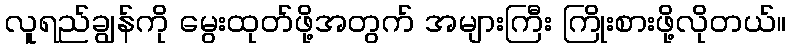
လူရည်ချွန်ကို မွေးထုတ်ဖို့အတွက် အများကြီး ကြိုးစားဖို့လိုတယ်။